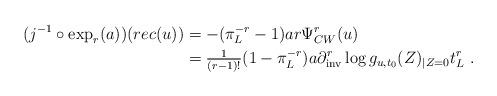
LaTeX: \begin{align*} (j^{-1} \circ \exp_r(a))(rec(u)) & = -(\pi_L^{{ -r}} - 1)ar \Psi_{CW}^r(u) \\ & = \tfrac{1}{(r-1)!}(1 - \pi_L^{{ -r}})a \partial_{\mathrm{inv}}^r \log g_{u,t_0}(Z)_{|Z=0} t_L^r \ .\end{align*}